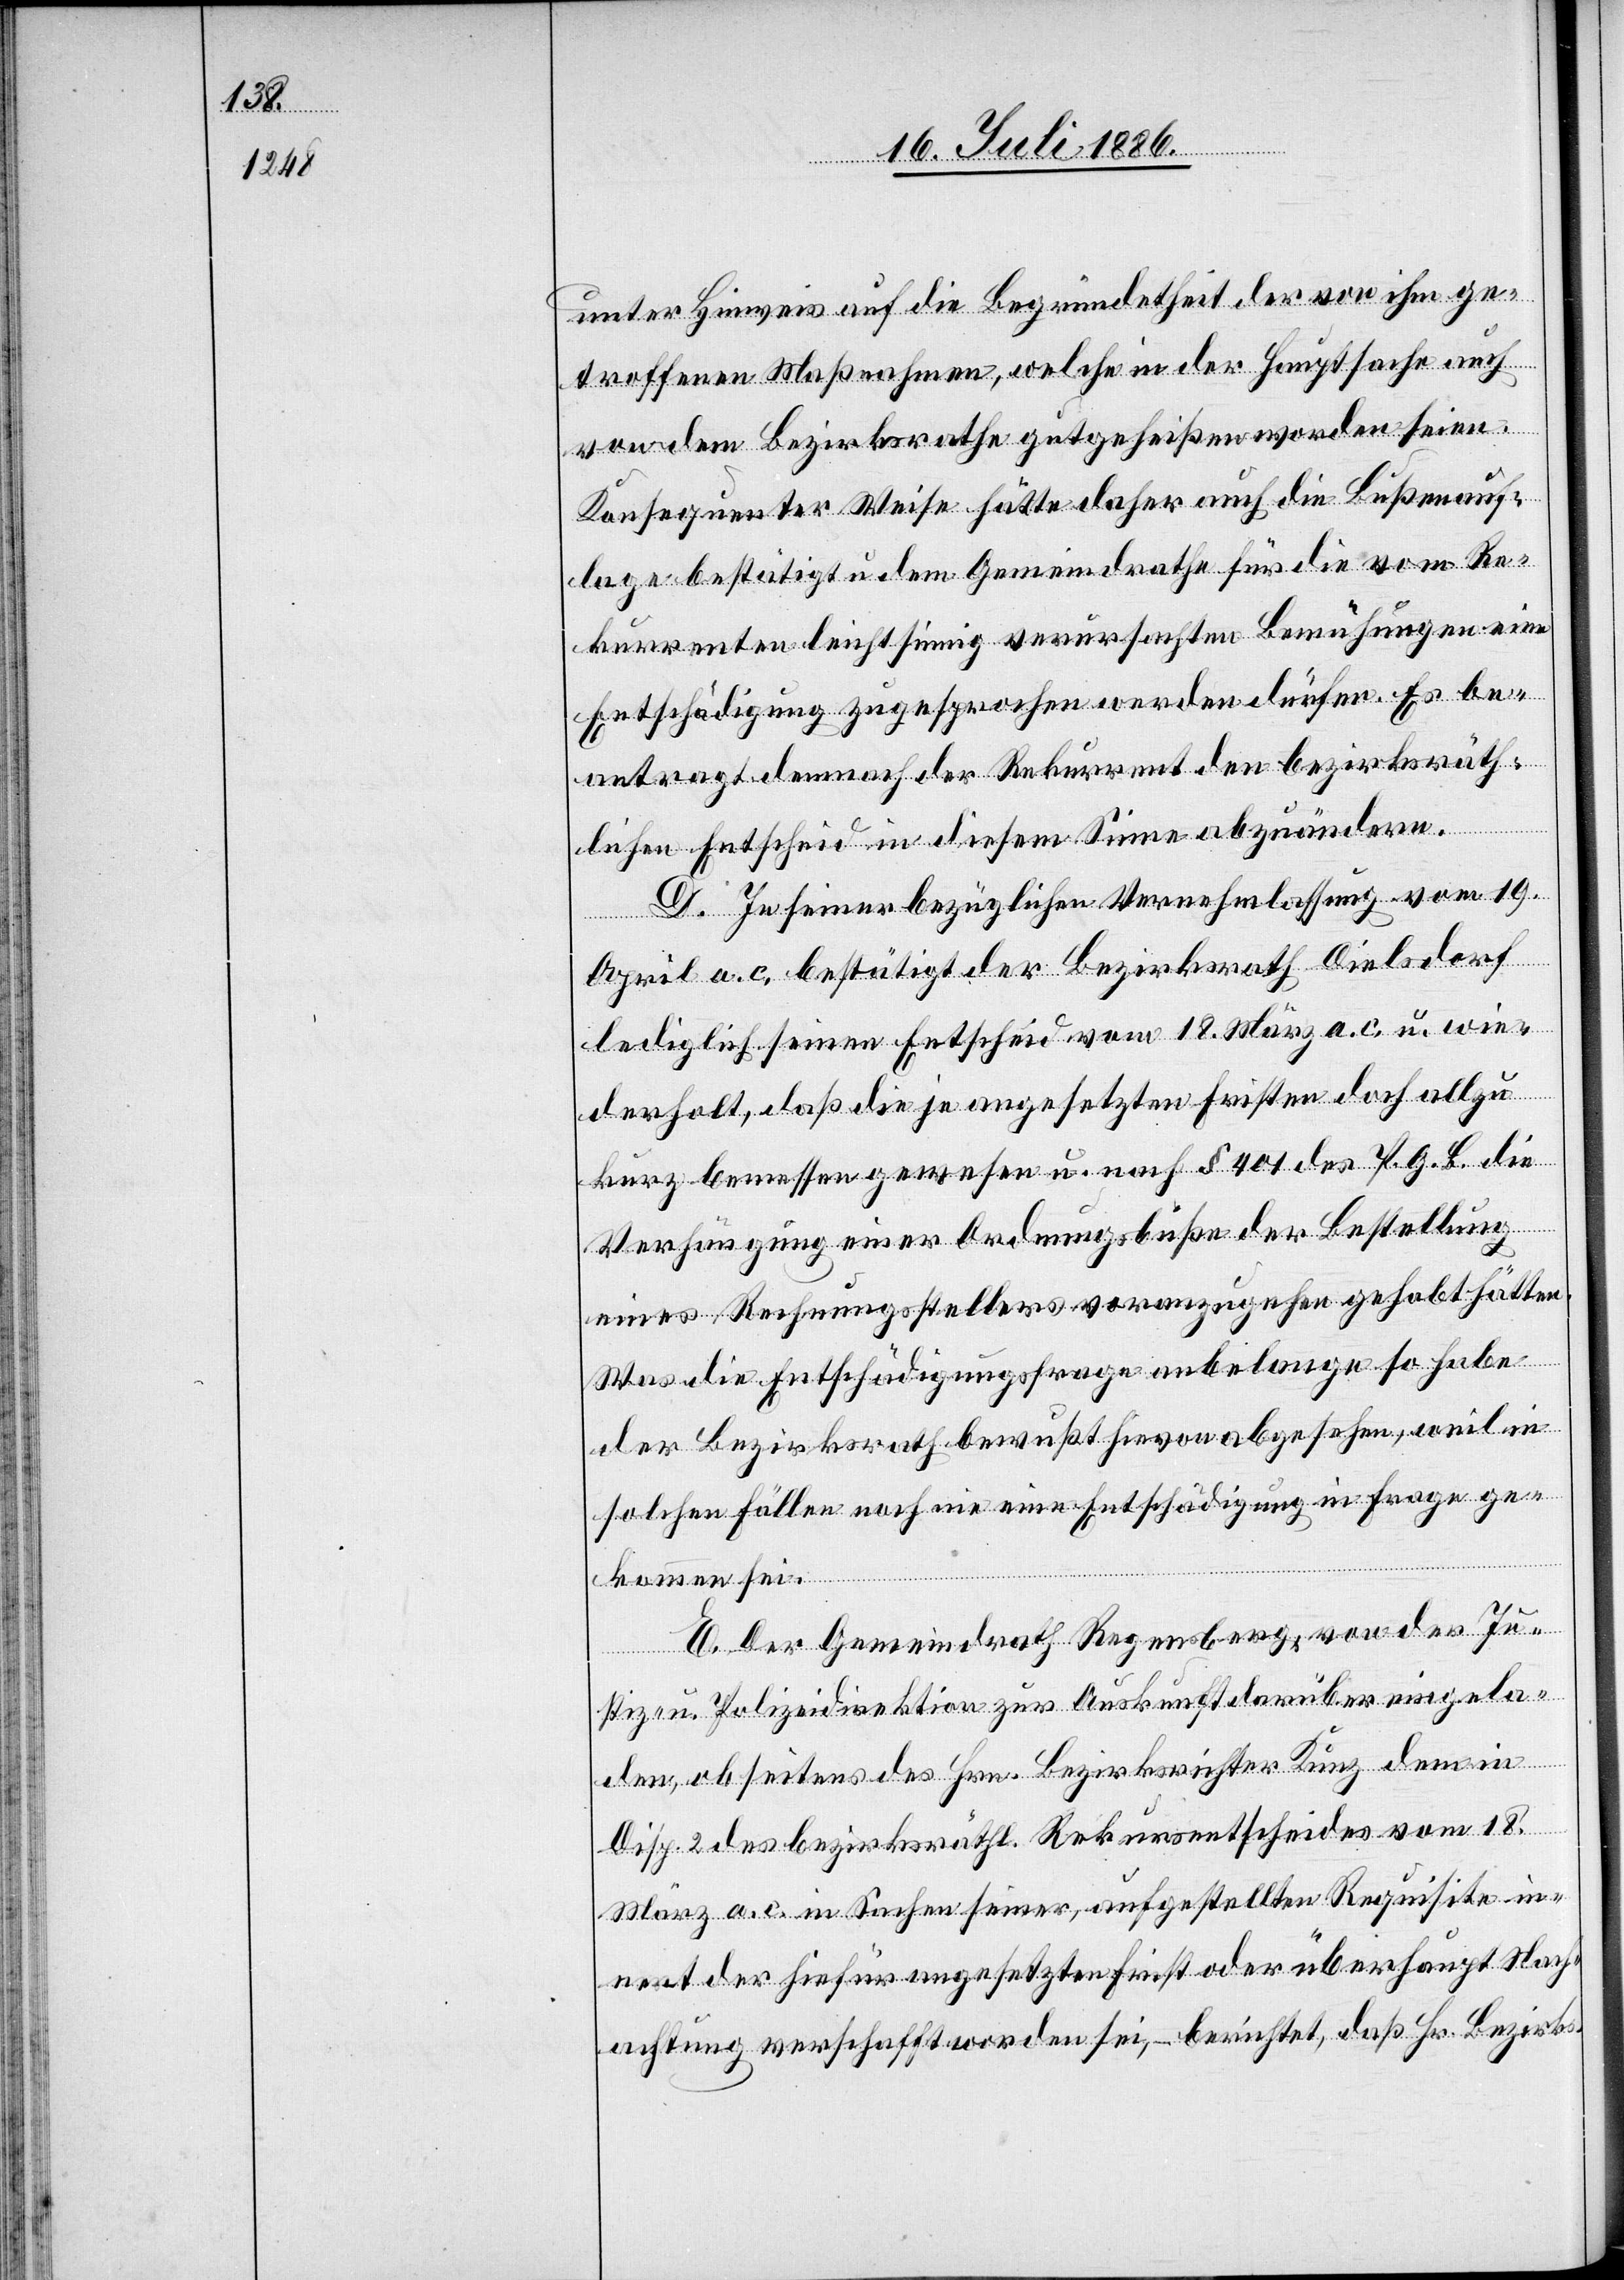
unter Hinweis auf die Begründetheit der von ihm ge¬
troffenen Maßnahmen, welche in der Hauptsache auch
von dem Bezirksrathe gutgeheißen worden seien.
Konsequenter Weise hätte daher auch die Bußenauf¬
lage bestätigt u. dem Gemeindrathe für die vom Re¬
kurrenten leichtsinnig verursachten Bemühungen eine
Entschädigung zugesprochen werden dürfen. Es be¬
antragt demnach der Rekurrent den bezirksräth¬
lichen Entscheid in diesem Sinne abzuändern.
D. In seiner bezüglichen Vernehmlassung vom 19.
April a. c., bestätigt der Bezirksrath Dielsdorf
lediglich seinen Entscheid vom 18. März a. c., u. wie¬
derholt, daß die je angesetzten Fristen doch allzu
kurz bemessen gewesen u. nach § 401 des P. G. B. die
Verfügung einer Ordnungsbuße der Bestellung
eines Rechnungssteller voranzugehen gehabt hätten
Was die Entschädigungsfrage anbelange so habe
der Bezirksrath bewußt hievon abgesehen, weil in
solchen Fällen noch nie eine Entschädigung in Frage ge¬
kommen sei.
E. Der Gemeindrath Regensberg, von der Ju¬
stiz- u. Polizeidirektion zur Auskunft darüber eingela¬
den, ob seitens des Hrn. Bezirksrichter Kunz dem in
Disp. 2 des bezirksräthl. Rekursentscheides vom 18.
März a. c. in Sachen seiner, aufgestellten Requisite in¬
nert der hiefür angesetzten Frist oder überhaupt Nach¬
achtung verschafft worden sei, – berichtet, daß Hr. Bezirks-